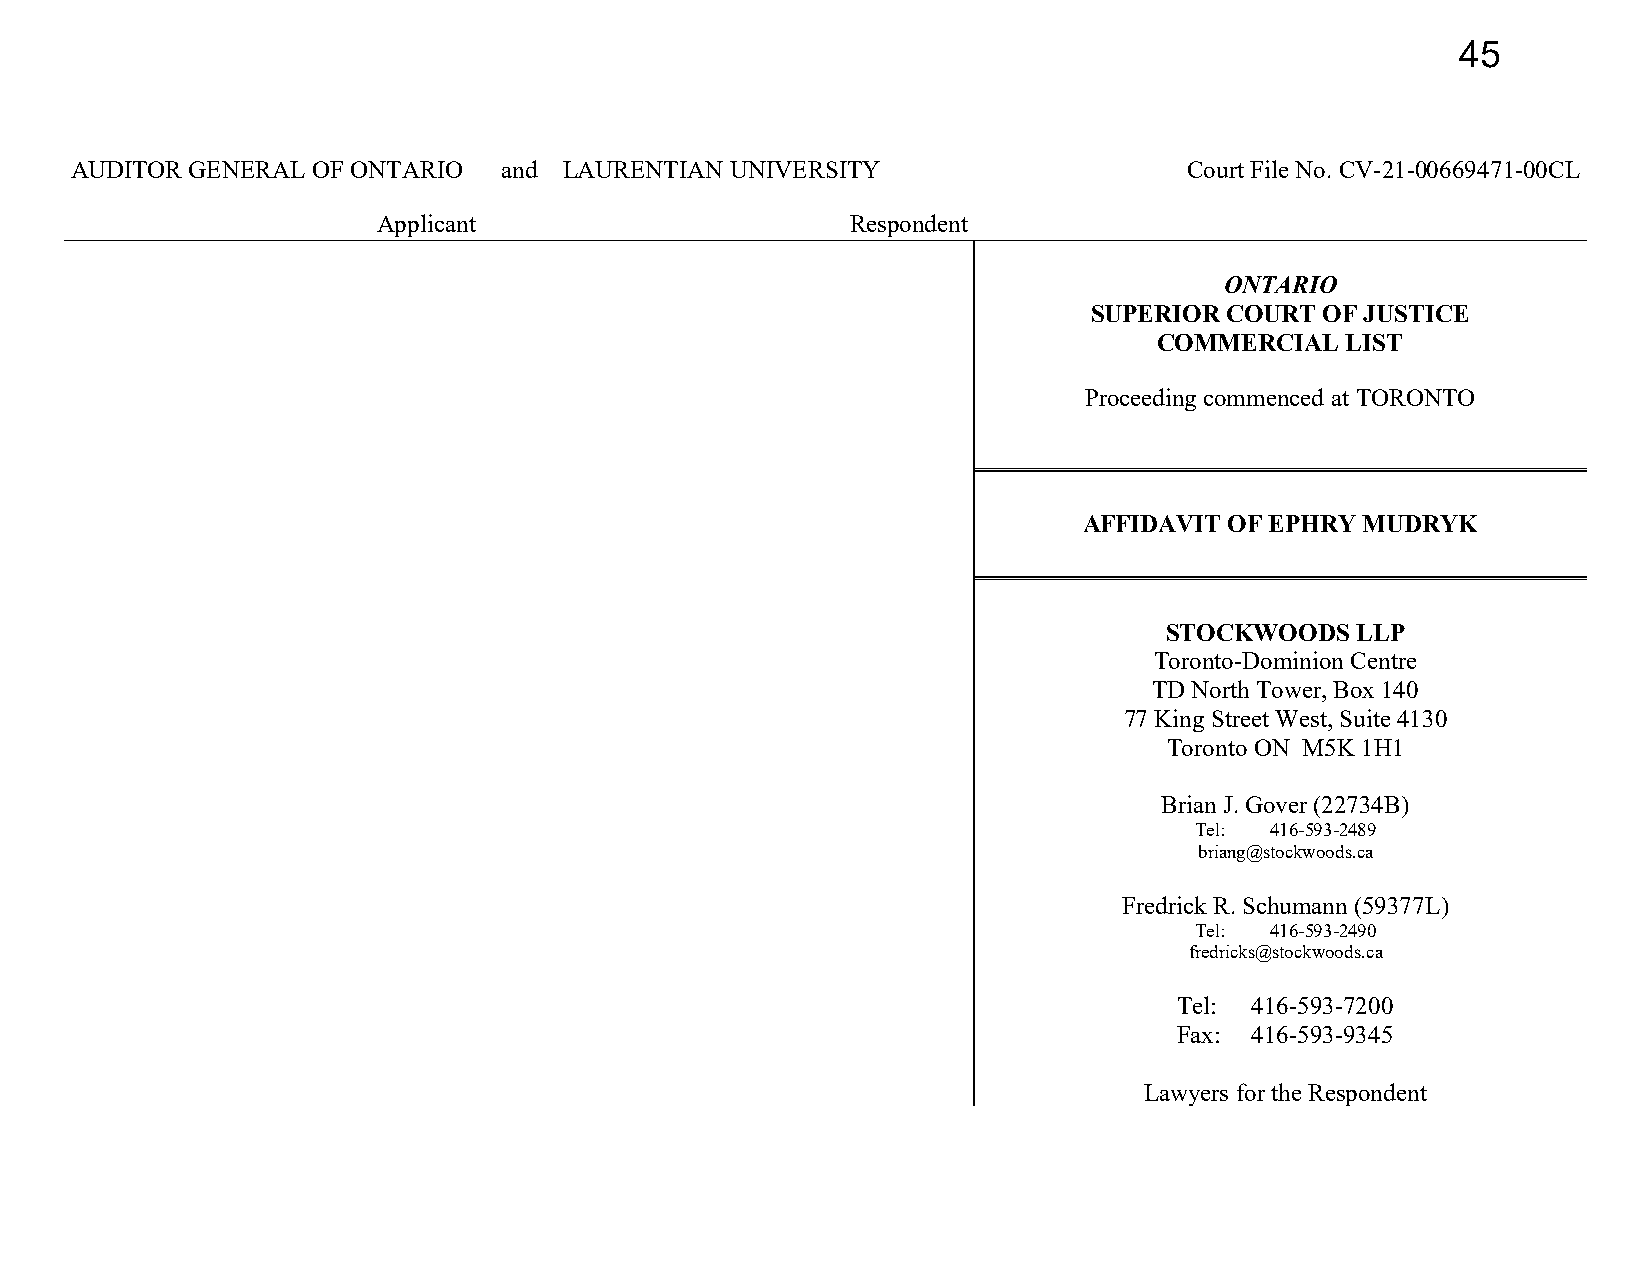
45
 AUDITOR GENERAL OF ONTARIO  and LAURENTIAN UNIVERSITY                     Court File No. CV-21-00669471-00CL
 Applicant                      Respondent
 ONTARIO
 SUPERIOR COURT  OF JUSTICE
 COMMERCIAL  LIST
 Proceeding commenced at TORONTO
 AFFIDAVIT OF EPHRY MUDRYK
 STOCKWOODS   LLP
 Toronto-Dominion Centre
 TD North Tower, Box 140
 77 King Street West, Suite 4130
 Toronto ON M5K 1H1
 Brian J. Gover (22734B)
 Tel: 416-593-2489
 briang@stockwoods.ca
 Fredrick R. Schumann (59377L)
 Tel: 416-593-2490
 fredricks@stockwoods.ca
 Tel: 416-593-7200
 Fax: 416-593-9345
 Lawyers for the Respondent